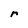
Character: r